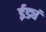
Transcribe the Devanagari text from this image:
ईड्यं